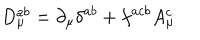
D _ { \mu } ^ { a b } = \partial _ { \mu } \delta ^ { a b } + f ^ { a c b } A _ { \mu } ^ { c }